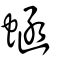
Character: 蜬